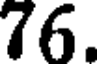
76.